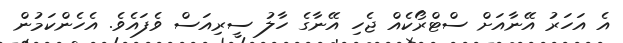
އެ އަހަރު އޭނާއަށް ސްޓްރޯކެއް ޖެހި އޭނާގެ ހާލު ސީރިއަސް ވެފައެވެ. އެހެންކަމުން